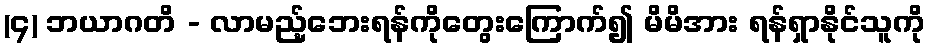
(၄) ဘယာဂတိ - လာမည့်ဘေးရန်ကိုတွေးကြောက်၍ မိမိအား ရန်ရှာနိုင်သူကို